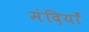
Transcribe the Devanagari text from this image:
मंदियाँ